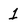
Character: 1